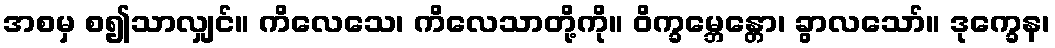
အစမှ စ၍သာလျှင်။ ကိလေသေ၊ ကိလေသာတို့ကို။ ဝိက္ခမ္ဘေန္တော၊ ခွာလသော်။ ဒုက္ခေန၊